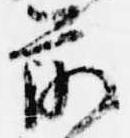
前